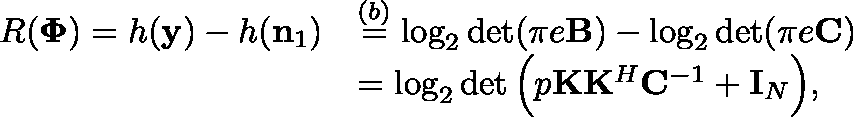
\begin{array} { r l } { R ( \mathbf { \Phi } ) = h ( \mathbf { y } ) - h ( \mathbf { n } _ { 1 } ) } & { \overset { ( b ) } = \log _ { 2 } \operatorname* { d e t } ( \pi e \mathbf { B } ) - \log _ { 2 } \operatorname* { d e t } ( \pi e \mathbf { C } ) } \\ & { = \log _ { 2 } \operatorname* { d e t } \Big ( p \mathbf { K } \mathbf { K } ^ { H } \mathbf { C } ^ { - 1 } + \mathbf { I } _ { N } \Big ) , } \end{array}